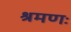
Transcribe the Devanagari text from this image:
श्रमणः